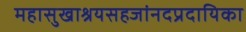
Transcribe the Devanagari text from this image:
महासुखाश्रयसहजांनदप्रदायिका